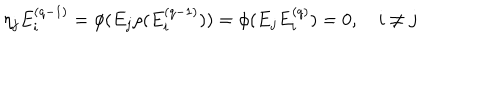
\eta _ { j } E _ { i } ^ { ( q - 1 ) } = \phi ( E _ { j } \rho ( E _ { i } ^ { ( q - 1 ) } ) ) = \phi ( E _ { j } E _ { i } ^ { ( q ) } ) = 0 , \quad i \neq j